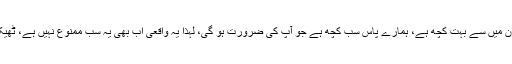
ہم نے ان میں سے بہت کچھ ہے، ہمارے پاس سب کچھ ہے جو آپ کی ضرورت ہو گی، لہذا یہ واقعی اب بھی یہ سب ممنوع نہیں ہے، ٹھیک ہے؟